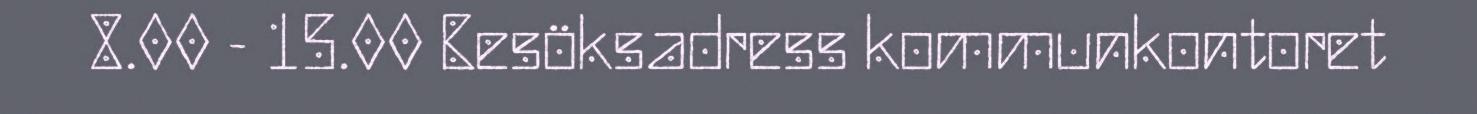
8.00 - 15.00 Besöksadress kommunkontoret